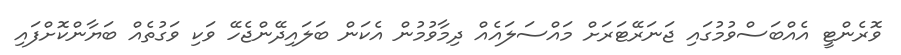
ވޮރެންޓީ އެއްބަސްވުމުގައި ޖަނަރޭޓަރަށް މައްސަލައެއް ދިމާވުމުން އެކަން ބަލައިދޭންޖެހޭ ވަކި ވަގުތެއް ބަޔާންކޮށްފައި